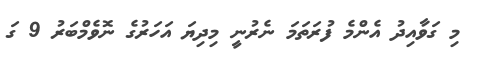
މި ގަވާއިދު އެންމެ ފުރަތަމަ ނެރުނީ މިދިޔަ އަހަރުގެ ނޮވެމްބަރު 9 ގަ